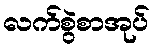
လက်စွဲစာအုပ်